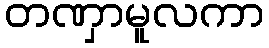
တဏှာမူလကာ